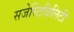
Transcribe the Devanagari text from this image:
सजेस्टिबिलिटी